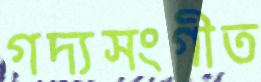
গদ্যসংগীত